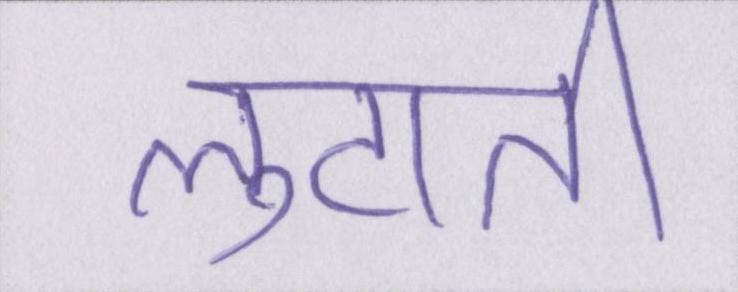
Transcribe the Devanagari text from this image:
लुटाती